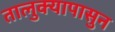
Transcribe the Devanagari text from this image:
तालुक्यापासुन